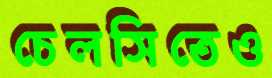
চেলসিতেও